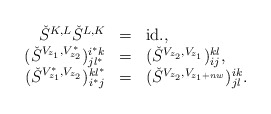
\begin{align*}\begin{array}{rcl}\check{S}^{K,L}\check{S}^{L,K} & = & \mbox{id.}, \\(\check{S}^{V_{z_1 }, V^{*}_{z_{2}}})^{i^* k}_{jl^* } & = &(\check{S}^{V_{z_2 }, V_{z_1 }})^{kl}_{ij}, \\(\check{S}^{V^{*}_{z_1 }, V_{z_{2}}})_{i^* j}^{kl^* } & = &(\check{S}^{V_{z_2 }, V_{z_1 +nw}})^{ik}_{jl}.\end{array} \end{align*}